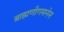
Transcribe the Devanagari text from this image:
ब्राह्मणीगमनेन